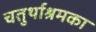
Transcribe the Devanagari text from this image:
चतुर्थाश्रमका